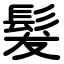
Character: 髮